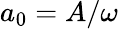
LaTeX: a_{0}=A/\omega